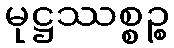
မုဋ္ဌဿစ္စဉ္စ